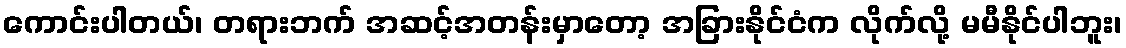
ကောင်းပါတယ်၊ တရားဘက် အဆင့်အတန်းမှာတော့ အခြားနိုင်ငံက လိုက်လို့ မမီနိုင်ပါဘူး၊